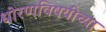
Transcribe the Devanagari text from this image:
धोरणविषयींच्या